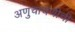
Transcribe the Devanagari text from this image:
अणुचाचणीची